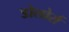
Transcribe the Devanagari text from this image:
डोलोर्स